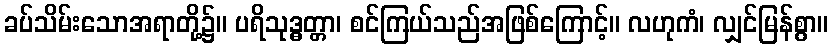
ခပ်သိမ်းသောအရာတို့၌။ ပရိသုဒ္ဓတ္တာ၊ စင်ကြယ်သည်အဖြစ်ကြောင့်။ လဟုကံ၊ လျှင်မြန်စွာ။